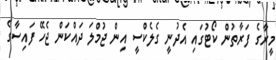
މީރާގެ ފަރާތުން ކޯޓުގައި އެދުނީ ގެލެކްސީ އިން ޖުމްލަ ދައްކަން ޖެހޭ ފައިސާގެ